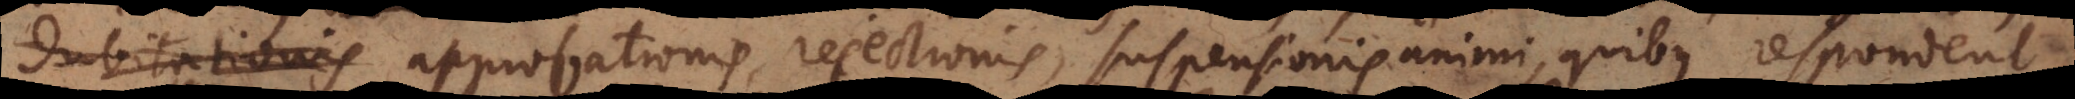
dubitationis approbationis, rejectionis, suspensionis animi, quibus respondent